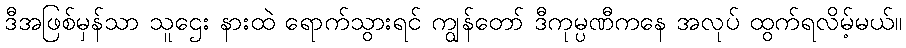
ဒီအဖြစ်မှန်သာ သူဌေး နားထဲ ရောက်သွားရင် ကျွန်တော် ဒီကုမ္ပဏီကနေ အလုပ် ထွက်ရလိမ့်မယ်။